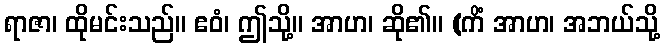
ရာဇာ၊ ထိုမင်းသည်။ ဧဝံ၊ ဤသို့။ အာဟ၊ ဆို၏။ (ကိံ အာဟ၊ အဘယ်သို့